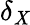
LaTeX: \delta_{\mathit{X}}